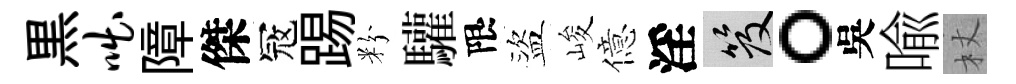
黒咄障傑冦踢粉驩限盜峻億淫笈。吳喩杖